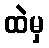
ထဲမှ